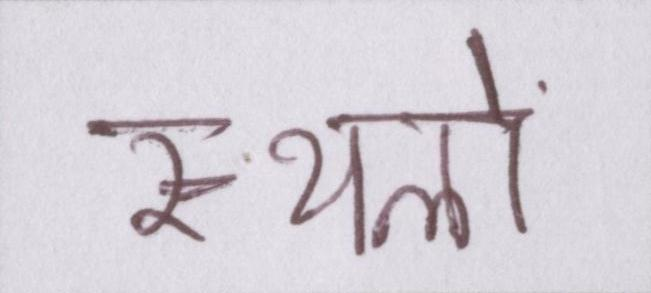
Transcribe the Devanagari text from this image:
स्थलों